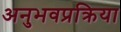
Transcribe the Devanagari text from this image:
अनुभवप्रक्रिया